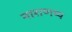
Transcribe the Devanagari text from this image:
नाराणप्प